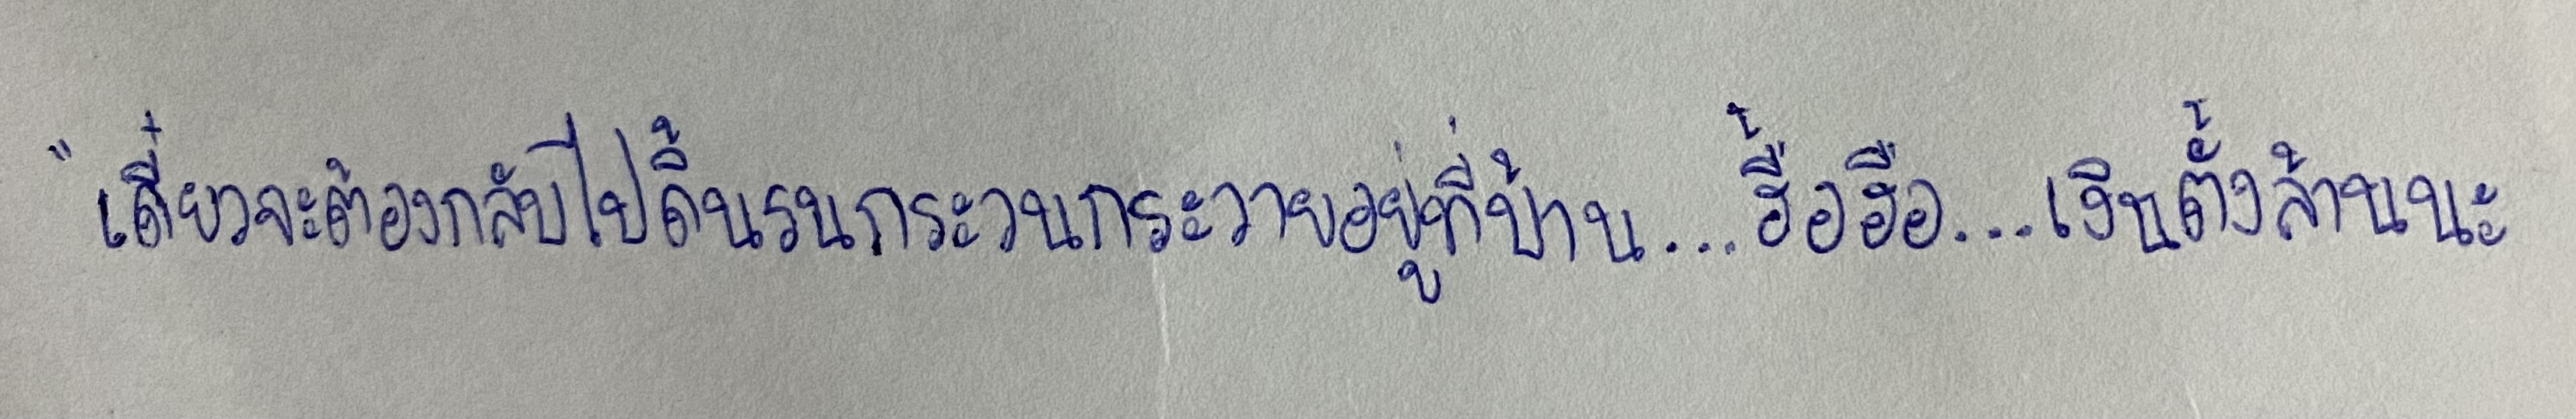
"เดี๋ยวจะต้องกลับไปดิ้นรนกระวนกระวายอยู่ที่บ้าน...อื้อฮือ...เงินตั้งล้านนะ